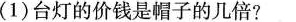
(1)台灯的价钱是帽子的几倍?